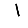
Digit: 1